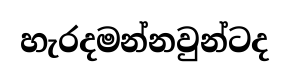
හැරදමන්නවුන්ටද